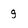
Character: q